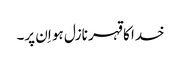
خدا کا قہر نازل ہو اِن پر۔